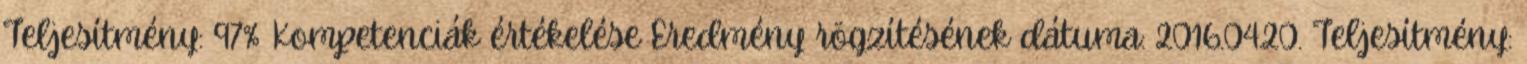
Teljesítmény: 97% Kompetenciák értékelése Eredmény rögzítésének dátuma: 2016.04.20. Teljesítmény: